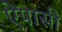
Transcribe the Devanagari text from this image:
ऐपासी